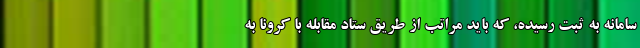
سامانه به ثبت رسیده، که باید مراتب از طریق ستاد مقابله با کرونا به